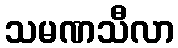
သမဏသီလာ